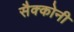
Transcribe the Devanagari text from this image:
सैक्कोनी